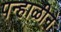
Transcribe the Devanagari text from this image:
पन्हाळीने